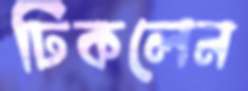
ঢিকলেন